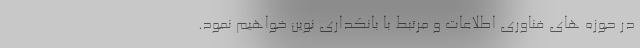
در حوزه های فناوری اطلاعات و مرتبط با بانکداری نوین خواهیم نمود.